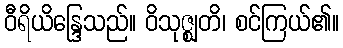
ဝီရိယိန္ဒြေသည်။ ဝိသုဇ္ဈတိ၊ စင်ကြယ်၏။